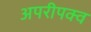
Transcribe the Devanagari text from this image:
अपरीपक्व